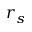
r _ { s }